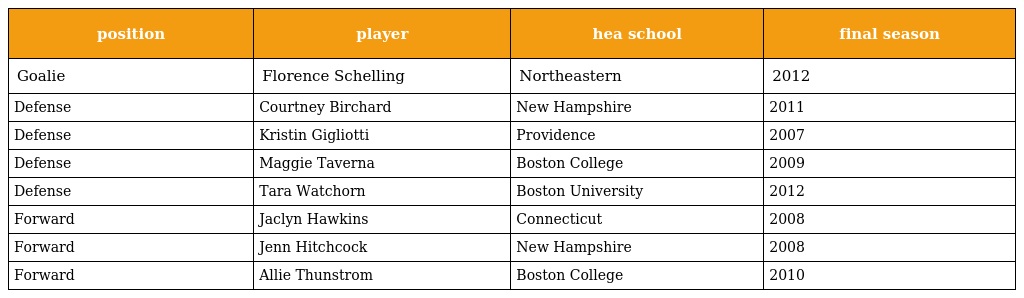
| position | player | hea school | final season |
 | --- | --- | --- | --- |
 | Goalie | Florence Schelling | Northeastern | 2012 |
 | Defense | Courtney Birchard | New Hampshire | 2011 |
 | Defense | Kristin Gigliotti | Providence | 2007 |
 | Defense | Maggie Taverna | Boston College | 2009 |
 | Defense | Tara Watchorn | Boston University | 2012 |
 | Forward | Jaclyn Hawkins | Connecticut | 2008 |
 | Forward | Jenn Hitchcock | New Hampshire | 2008 |
 | Forward | Allie Thunstrom | Boston College | 2010 |